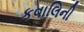
કવાલિની